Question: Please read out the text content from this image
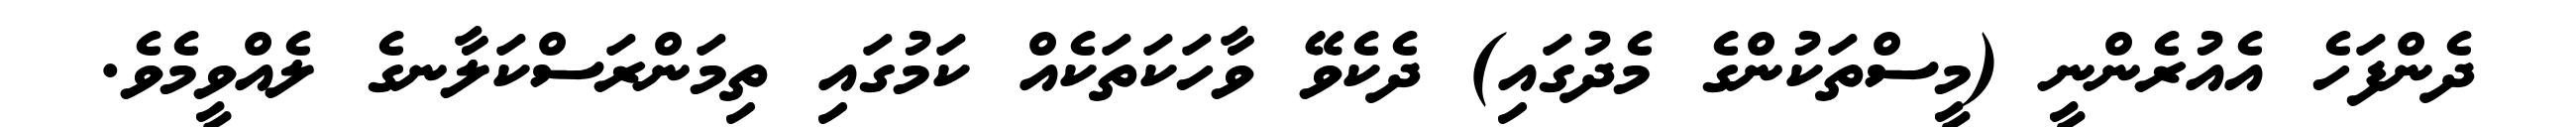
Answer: ދެންފަހެ އެއުރެންނީ (މީސްތަކުންގެ މެދުގައި) ދެކެވޭ ވާހަކަތަކެއް ކަމުގައި ތިމަންރަސްކަލާނގެ ލެއްވީމެވެ.